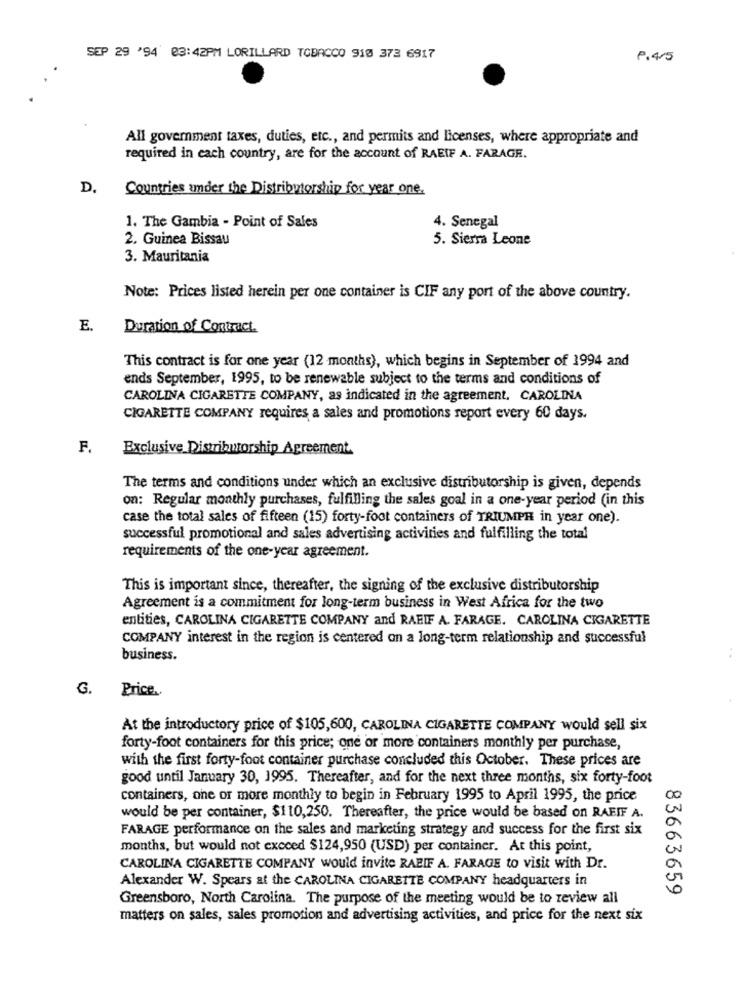
SEP 29 '94 03:42PM LORILLARD TOBACCO 910 373 6917
P. 4/5
All government taxes, duties, etc ., and permits and licenses, where appropriate and
required in each country, are for the account of RAEIF A. FARAGE.
D.
Countries under the Distributorship for year one.
1. The Gambia - Point of Sales
4. Senegal
2. Guinea Bissau
5. Sierra Leone
3. Mauritania
Note: Prices listed herein per one container is CIF any port of the above country.
E.
Duration of Contract.
This contract is for one year (12 months), which begins in September of 1994 and
ends September, 1995, to be renewable subject to the terms and conditions of
CAROLINA CIGARETTE COMPANY, as indicated in the agreement. CAROLINA
CIGARETTE COMPANY requires a sales and promotions report every 60 days.
F.
Exclusive Distributorship Agreement.
The terms and conditions under which an exclusive distributorship is given, depends
on: Regular monthly purchases, fulfilling the sales goal in a one-year period (in this
case the total sales of fifteen (15) forty-foot containers of TRIUMPH in year one).
successful promotional and sales advertising activities and fulfilling the total
requirements of the one-year agreement.
This is important since, thereafter, the signing of the exclusive distributorship
Agreement is a commitment for long-term business in West Africa for the two
entities, CAROLINA CIGARETTE COMPANY and RAEIF A. FARAGE. CAROLINA CIGARETTE
COMPANY interest in the region is centered on a long-term relationship and successful
business.
G.
Price.
At the introductory price of $105,600, CAROLINA CIGARETTE COMPANY would sell six
forty-foot containers for this price; one or more containers monthly per purchase,
with the first forty-foot container purchase concluded this October. These prices are
good until January 30, 1995. Thereafter, and for the next three months, six forty-foot
containers, one or more monthly to begin in February 1995 to April 1995, the price
would be per container, $110,250. Thereafter, the price would be based on RAEIF A.
FARAGE performance on the sales and marketing strategy and success for the first six
months, but would not exceed $124,950 (USD) per container. At this point,
CAROLINA CIGARETTE COMPANY would invite RAEIF A. FARAGE to visit with Dr.
Alexander W. Spears at the CAROLINA CIGARETTE COMPANY headquarters in
83663659
Greensboro, North Carolina. The purpose of the meeting would be to review all
matters on sales, sales promotion and advertising activities, and price for the next six